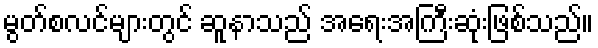
မွတ်စလင်များတွင် ဆူနာသည် အရေးအကြီးဆုံးဖြစ်သည်။